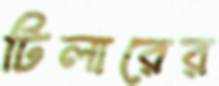
টিলারের